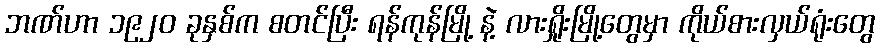
ဘဏ်ဟာ ၁၉၂၀ ခုနှစ်က စတင်ပြီး ရန်ကုန်မြို့ နဲ့ လားရှိုးမြို့တွေမှာ ကိုယ်စားလှယ်ရုံးတွေ